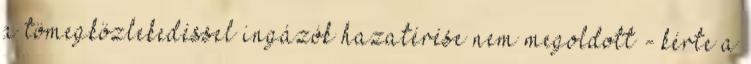
a tömegközlekedéssel ingázók hazatérése nem megoldott - kérte a